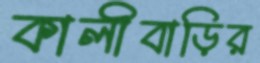
কালীবাড়ির